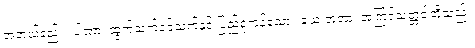
အဘယ်နည်း။ ပါဏာ၊ ထွက်သက်ဝင်သက်နှင့် ပြည့်စုံကုန်သော။ ယေ ဘူတာ၊ အကြင်သတ္တဝါတို့သည်။